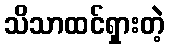
သိသာထင်ရှားတဲ့